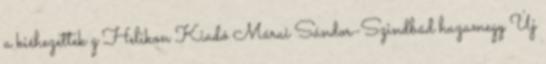
a kiéhezettek g Helikon Kiadó Márai Sándor-Szindbád hazamegy Új